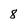
Character: 8